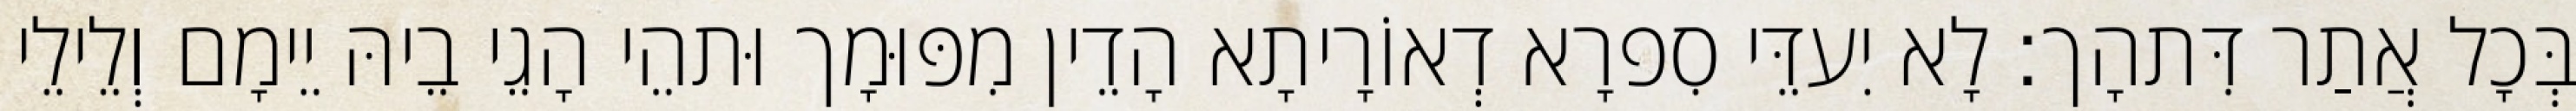
בְּכָל אֲתַר דִּתהָך׃ לָא יִעדֵּי סִפרָא דְאוֹרָיתָא הָדֵין מִפּוּמָך וּתהֵי הָגֵי בֵיהּ יֵימָם וְלֵילֵי